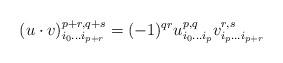
LaTeX: \begin{align*}(u\cdot v)^{p+r,q+s}_{i_0\ldots i_{p+r}}=(-1)^{qr}u^{p,q}_{i_0\ldots i_p}v^{r,s}_{i_p\ldots i_{p+r}}\end{align*}